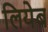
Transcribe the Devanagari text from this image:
लियेब